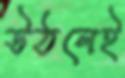
উঠলেই